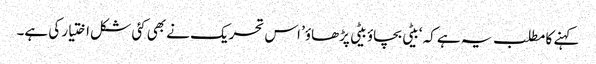
کہنے کا مطلب یہ ہے کہ ‘بیٹی بچاؤ بیٹی پڑھاؤ’ اس تحریک نے بھی کئی شکل اختیار کی ہے۔